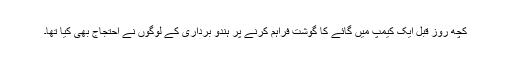
کچھ روز قبل ایک کیمپ میں گائے کا گوشت فراہم کرنے پر ہندو برداری کے لوگوں نے احتجاج بھی کیا تھا۔